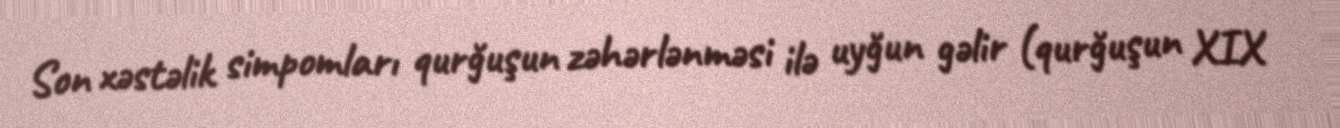
Son xəstəlik simpomları qurğuşun zəhərlənməsi ilə uyğun gəlir (qurğuşun XIX